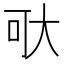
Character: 𱘯